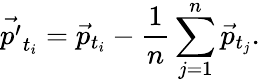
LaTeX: \vec{p^{\prime}}_{t_{i}}=\vec{p}_{t_{i}}-{\frac{1}{n}}\sum_{j=1}^{n}\vec{p}_{t_{j}}.